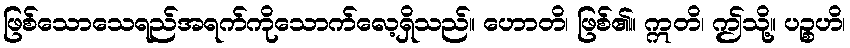
ဖြစ်သောသေရည်အရက်ကိုသောက်လေ့ရှိသည်။ ဟောတိ၊ ဖြစ်၏။ ဣတိ၊ ဤသို့။ ပဉ္စဟိ၊